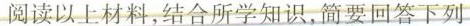
阅读以上材料，结合所学知识，简要回答下列